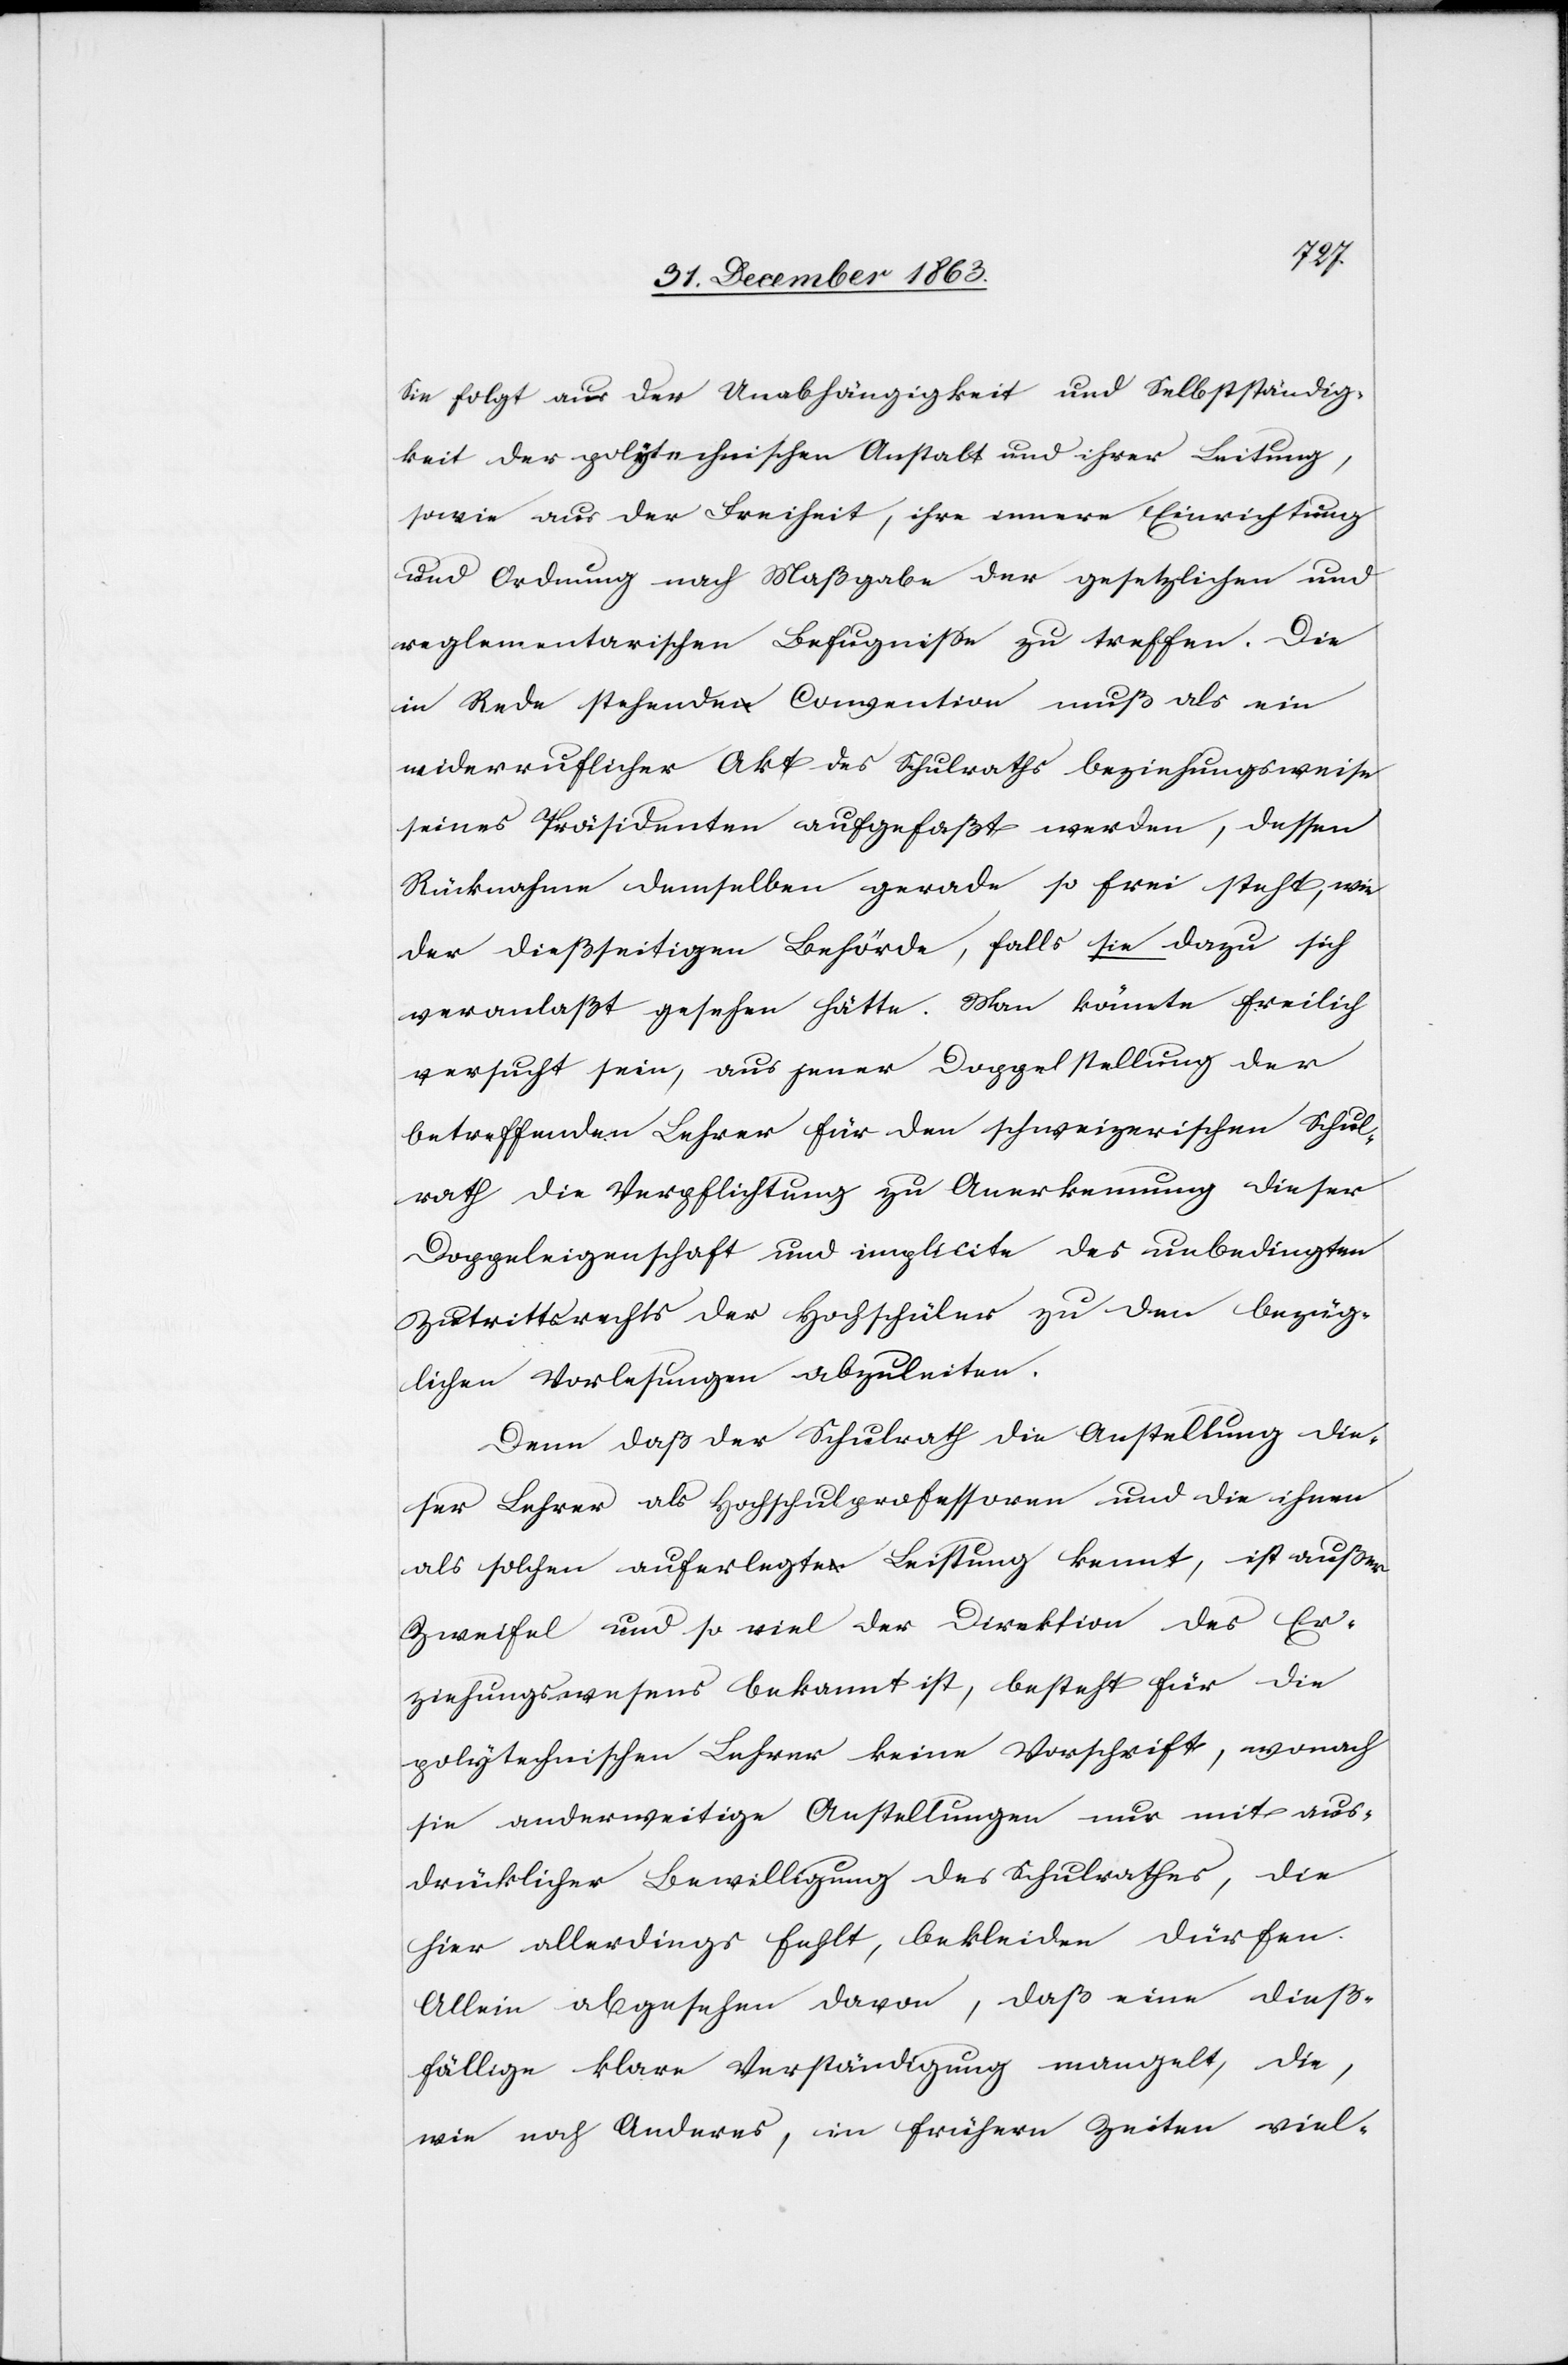
Sie folgt aus der Unabhängigkeit und Selbstständig¬
keit der polytechnischen Anstalt und ihrer Leitung,
sowie aus der Freiheit, ihre innere Einrichtung
und Ordnung nach Maßgabe der gesetzlichen und
reglementarischen Befugnisse zu treffen. Die
in Rede stehende Convention muß als ein
widerruflicher Akt des Schulraths beziehungsweise
seines Präsidenten aufgefaßt werden, dessen
Rücknahme demselben gerade so frei steht, wie
der dießseitigen Behörde, falls sie dazu sich
veranlaßt gesehen hätte. Man könnte freilich
versucht sein, aus jener Doppelstellung der
betreffenden Lehrer für den schweizerischen Schul¬
rath die Verpflichtung zu Anerkennung dieser
Doppeleigenschaft und implicite des unbedingten
Zutrittsrechts der Hochschüler zu den bezüg¬
lichen Vorlesungen abzuleiten.
Denn daß der Schulrath die Anstellung die¬
ser Lehrer als Hochschulprofessoren und die ihnen
als solchen auferlegte Leistung kennt, ist außer
Zweifel und so viel der Direktion des Er¬
ziehungswesens bekannt ist, besteht für die
polytechnischen Lehrer keine Vorschrift, wonach
sie anderweitige Anstellungen nur mit aus¬
drücklicher Bewilligung des Schulrathes, die
hier allerdings fehlt, bekleiden dürfen.
Allein abgesehen davon, daß eine dieß¬
fällige klare Verständigung mangelt, die,
wie noch Anderes, in frühern Zeiten viel-